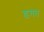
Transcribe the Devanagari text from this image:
डगत